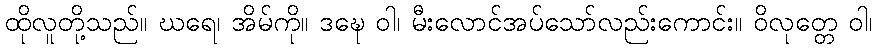
ထိုလူတို့သည်။ ဃရေ၊ အိမ်ကို။ ဒဍ္ဎေ ဝါ၊ မီးလောင်အပ်သော်လည်းကောင်း။ ဝိလုတ္တေ ဝါ၊